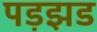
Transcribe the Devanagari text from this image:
पड़झड